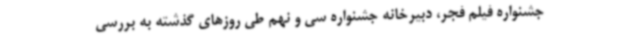
جشنواره فیلم فجر، دبیرخانه جشنواره سی و نهم طی روزهای گذشته به بررسی